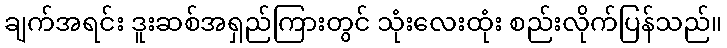
ချက်အရင်း ဒူးဆစ်အရှည်ကြားတွင် သုံးလေးထုံး စည်းလိုက်ပြန်သည်။